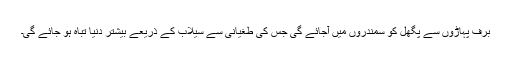
برف پہاڑوں سے پگھل کو سمندروں میں آجائے گی جس کی طغیانی سے سیلاب کے ذریعے بیشتر دنیا تباہ ہو جائے گی۔